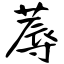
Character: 蓐